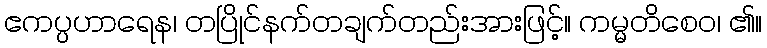
ဧကပ္ပဟာရေန၊ တပြိုင်နက်တချက်တည်းအားဖြင့်။ ကမ္မတိစေဝ၊ ၏။